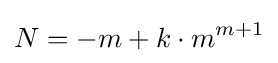
N=-m+k\cdot m^{m+1}